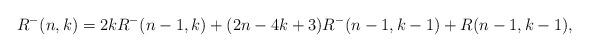
LaTeX: \begin{align*}R^-(n,k)=2kR^-(n-1,k)+(2n-4k+3)R^-(n-1,k-1)+R(n-1,k-1),\end{align*}